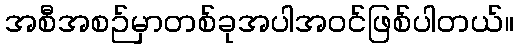
အစီအစဉ်မှာတစ်ခုအပါအဝင်ဖြစ်ပါတယ်။